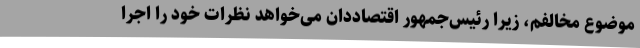
موضوع مخالفم، زیرا رئیس‌جمهور اقتصاددان می‌خواهد نظرات خود را اجرا